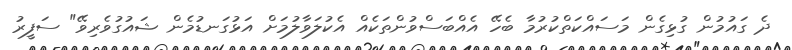
ދެ ގައުމުން ގުޅިގެން މަސައްކަތްކުރުމާ ބެހޭ އެއްބަސްވުންތަކެއް އެކުލަވާލުމަށް އަޅުގަނޑުމެން ޝައުގުވެރިވޭ" ސަފީރު